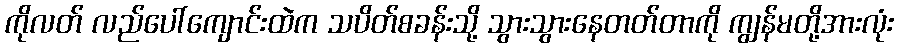
ကိုလတ် လည်ပေါ်ကျောင်းထဲက သပိတ်စခန်းသို့ သွားသွားနေတတ်တာကို ကျွန်မတို့အားလုံး